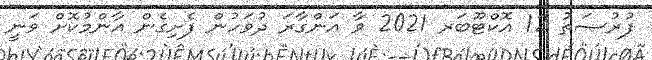
ފުރުޞަތު 12 އޮކްޓޫބަރ 2021 ވާ އަންގާރަ ދުވަހުން ފެށިގެން އާންމުކޮށް ވަނީ